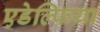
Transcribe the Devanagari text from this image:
एडेल्फिया